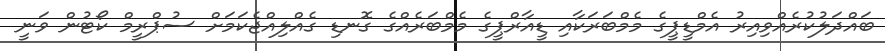
ބައްދަލުކުރެއްވިއިރު އެމްޑީޕީގެ މެމްބަރަކާއި ޑީއާރްޕީގެ މެމްބަރެއްގެ ގޮނޑި ގެއްލިއްޖެކަމަށް ސުޕްރީމް ކޯޓުން ވަނީ